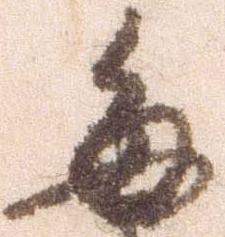
毎